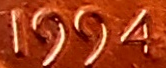
1994